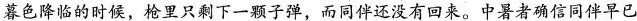
暮色降临的时候，枪里只剩下一颗子弹，而同伴还没有回来。中暑者确信同伴早已